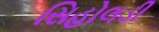
સિહોલડી